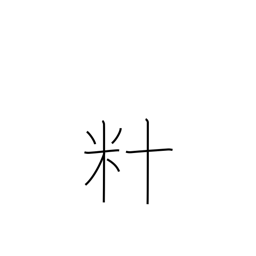
Meaning: dekametre